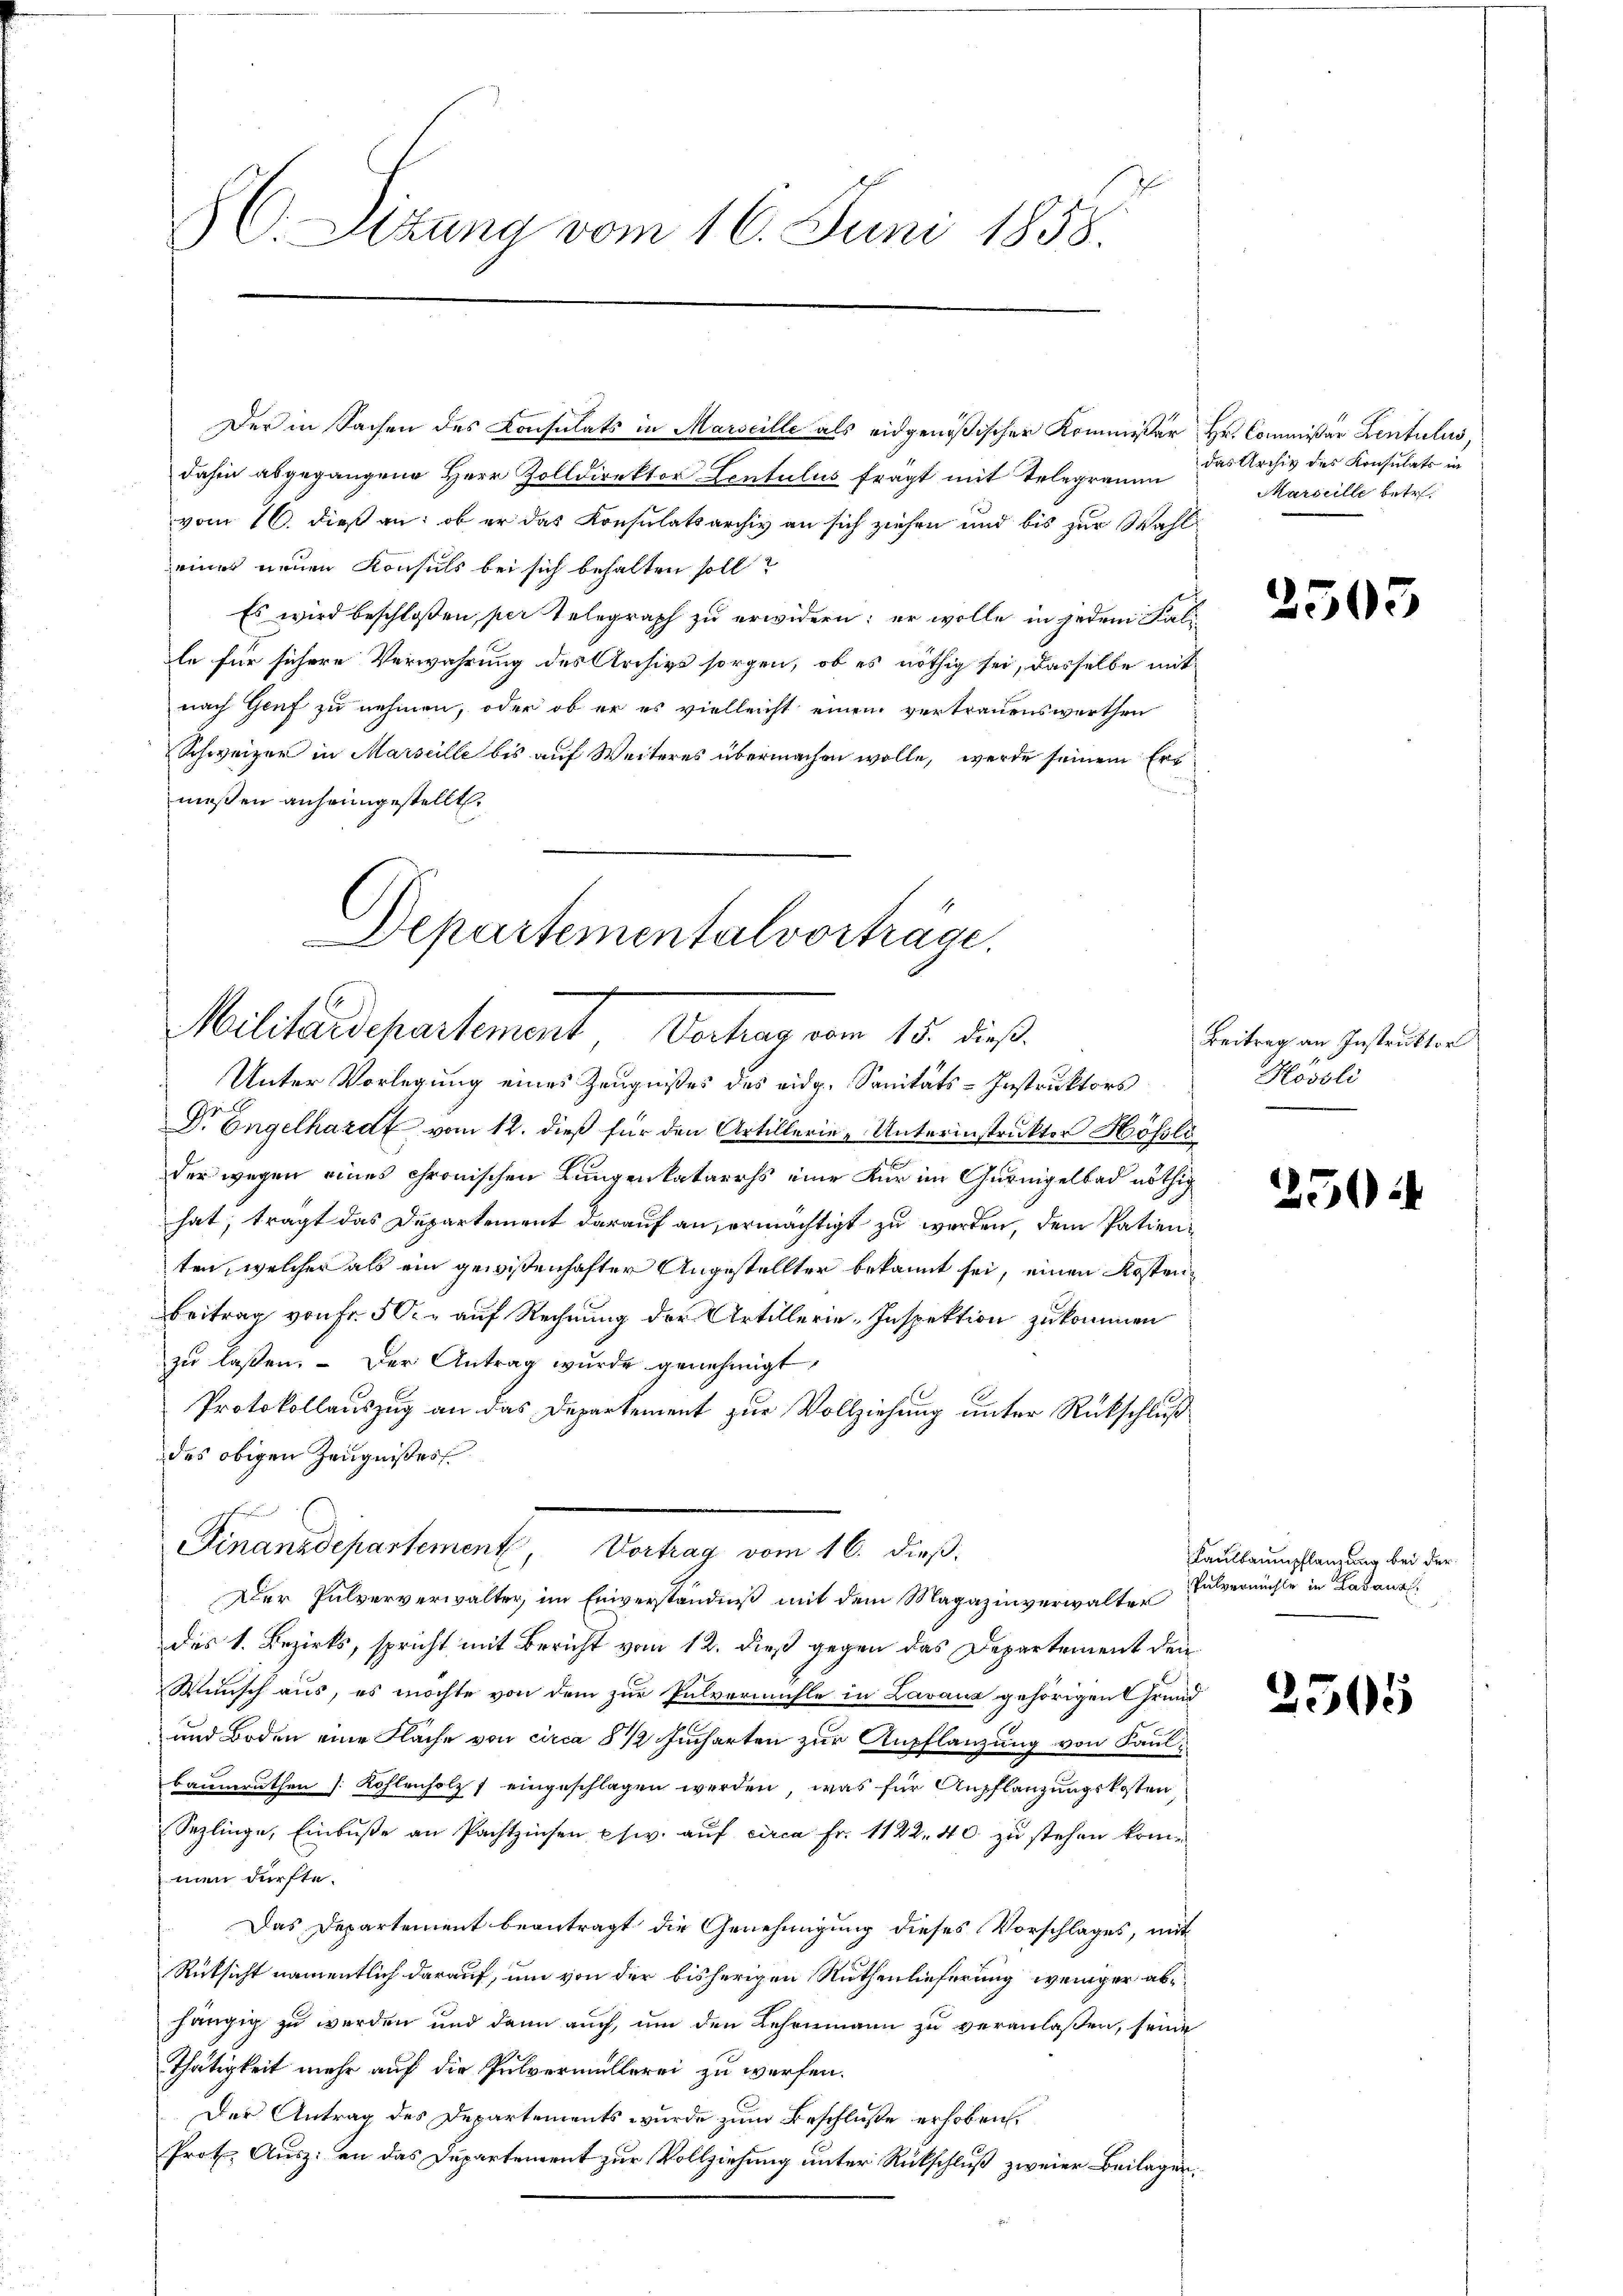
SC. Sizung vom 16. Juni 1858.

Der in Sachen des Consulats in Marseille als eidgenößischer Kommissär Hr. Commißär Lentulus,
dahin abgegangene Herr Zolldirektor Lentulus frägt mit Telegramm
vom 10. dieß an: ob er das Konsulatsarchiv an sich ziehen und bis zur Wahl
eines neuen Konsuls bei sich behalten soll?
Es wird beschloßen, per Telegraph zu erwidern; er wolle in jedem Falile für sichere Verwahrung des Archive sorgen, ob es nöthig sei, dasselbe mit
nach Genf zu nehmen, oder ob er es vielleicht einem vertrauenswerthen
Schweizer in Marseille bis auf Weiteres übermachen wolle, werde seinem Erd
meßen anheimgestellt.

Departementalvorträge.
Militärdepartement Verhar vom 15. dieß.
Unter Vorlegung eines Zeugnißes des eidg. Sanitäts-Instruktors

Dr. Engelhardt vom 12. dieß für den Artillerie-Unterinstruktor Höfli
der wegen eines chronischen Lungenkatarrhs eine Kur im Güringelbad nöthig
hat, trägt das Departement darauf an, ermächtigt zu werden, dem Patienten, welcher als ein gewißenhafter Angestellter bekannt sei, einen Kosten¬
Beitrag von Fr. 50. auf Rechnung der Artillerie-Inspektion zukommen
zu laßen. Der Antrag wurde genehmigt,
Protokollauszug an das Departement zur Vollziehung unter Rückschluß
des obigen Zeugnißes
ich
des 1. Bezirks, spricht mit Bericht vom 12. dieß gegen das Departement den
Wunsch aus, es möchte von dem zur Pulvermühle in Lavanz gehörigen Grund
und Boden eine Flache von circa 8 1/2 Jucharten zur Anpflanzung von Kaulbaumruthen [Kohlenholz f eingeschlagen werden, was für Aufflanzungskosten,
Sezlinge, Einbuße an Pachtzinsen psiv. auf circa Fr. 1122. 40. zu stehen kommen dürfte.
Das Departement beantragt die Genehmigung dieses Vorschlages, mit
Rüksicht namentlich darauf, um von der bisherigen Nuthenlieferung, weniger abhängig zu werden und dann auch, um den Lehenmann zu veranlaßen, seine
Thätigkeit mehr auf die Pulvermüllerei zu werfen.
Der Antrag des Departements wurde zum Beschluße erhoben.
Prot. Ausz: an das Departement zur Vollziehung unter Rückschluß zweier Beilagen,

Finanzdepartement, Vortrag vom 16. dieß¬
Der Pulververwalter, im Einverständniß mit dem Magazinverwalter

das Archiv des Konsulats in
Marseille betr.

2505

Beitrag an Instruktor
Hosoli

25

Kaulbaumpflanzung bei der
Pulvermöchte in Labanal

2505